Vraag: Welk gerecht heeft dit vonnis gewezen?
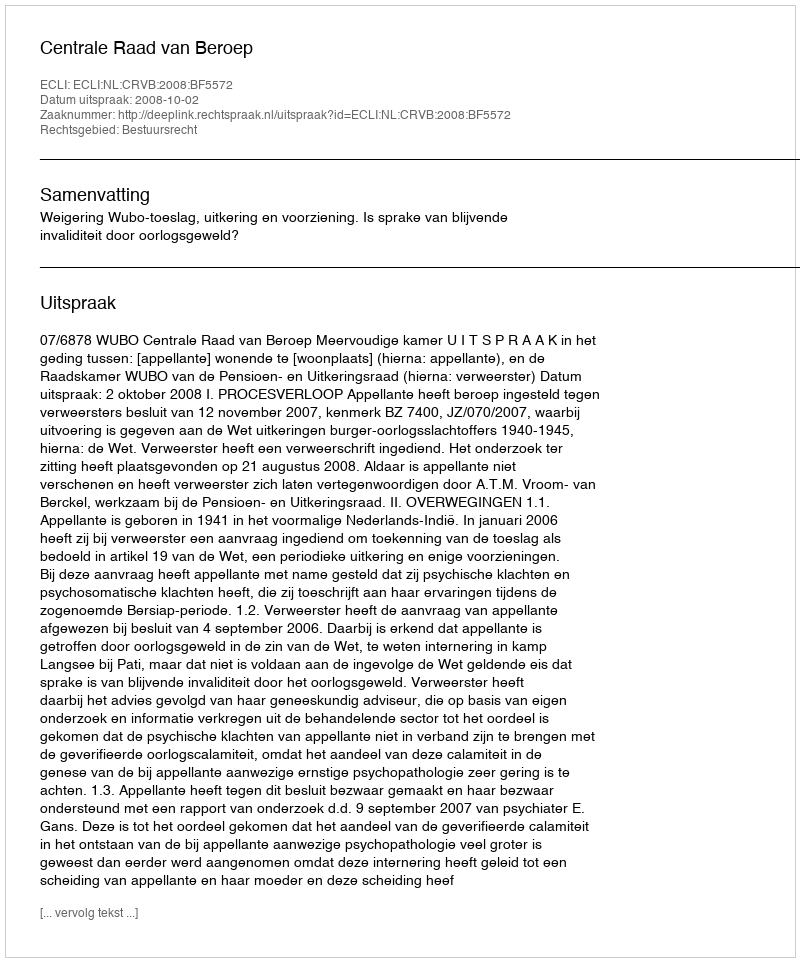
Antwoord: Centrale Raad van Beroep